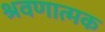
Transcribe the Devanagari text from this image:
श्रवणात्मक